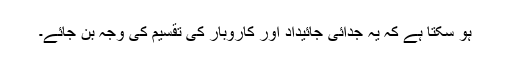
ہو سکتا ہے کہ یہ جدائی جائیداد اور کاروبار کی تقسیم کی وجہ بن جائے۔